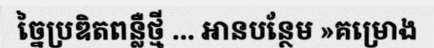
ច្នៃប្រឌិតពន្លឺថ្មី ... អានបន្ថែម »គម្រោង